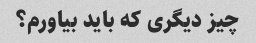
چیز دیگری که باید بیاورم؟